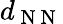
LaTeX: d_{\mathrm{~N~N~}}